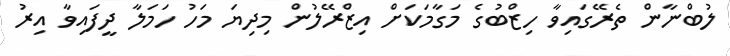
ލުބްނާން ތެރޭގައިވާ ހިޒްބުގެ މަގާމަކަށް އިޒްރޭލުން މިދިޔަ މަހު ހަމަލާ ދީފައިވާ އިރު